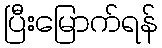
ပြီးမြောက်ရန်